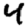
Digit: 4